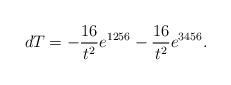
LaTeX: \begin{align*}dT= - \frac{16}{t^2} e^{1256} - \frac{16}{t^2} e^{3456}.\end{align*}